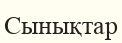
Сынықтар